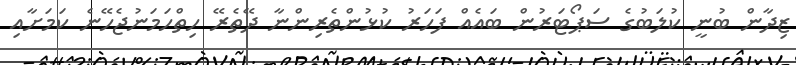
ޒިދާން ބުނީ ކުލަބުގެ ސަޕޯޓަރުން ބައެއް ފަހަރު ކުޅުންތެރިންނާ ދޭތެރޭ ހިތްހަމަނުޖެހޭނެ ކަމަށާއި